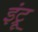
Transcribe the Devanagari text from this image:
इंट्रू